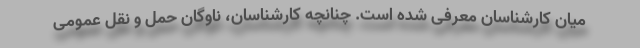
میان کارشناسان معرفی شده است. چنانچه کارشناسان، ناوگان حمل و نقل عمومی